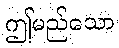
ဤမည်သော